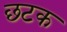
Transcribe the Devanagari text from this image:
छटक